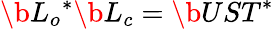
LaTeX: \b{L_{o}}^{*}\b{L_{c}}=\b{UST}^{*}